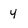
Character: 4